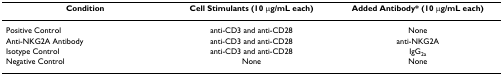
| Condition | Cell Stimulants (10 μg/mL each) | Added Antibody* (10 μg/mL each) |
 | --- | --- | --- |
 | Positive Control | anti-CD3 and anti-CD28 | None |
 | Anti-NKG2A Antibody | anti-CD3 and anti-CD28 | anti-NKG2A |
 | Isotype Control | anti-CD3 and anti-CD28 | IgG2a |
 | Negative Control | None | None |